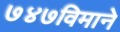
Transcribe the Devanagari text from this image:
७४७विमाने